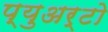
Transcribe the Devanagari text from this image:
प्युअर्टो